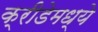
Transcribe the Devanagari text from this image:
क्रीडेमध्ये